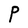
Character: P